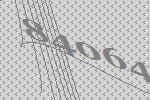
84064